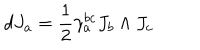
LaTeX: d J _ { a } = { \frac { 1 } { 2 } } \gamma _ { a } ^ { b c } J _ { b } \wedge J _ { c }